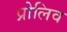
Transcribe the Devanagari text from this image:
प्रोलिव